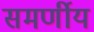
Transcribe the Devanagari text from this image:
समर्णीय